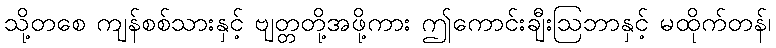
သို့တစေ ကျန်စစ်သားနှင့် ဗျတ္တတို့အဖို့ကား ဤကောင်းချီးဩဘာနှင့် မထိုက်တန်၊